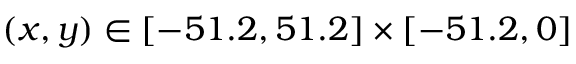
( x , y ) \in [ - 5 1 . 2 , 5 1 . 2 ] \times [ - 5 1 . 2 , 0 ]